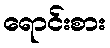
ရောင်းစား